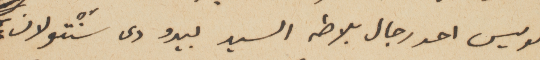
لويس احد رجال بلاطه السيد بيدو دى سَنْتولان